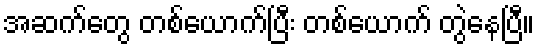
အဆက်တွေ တစ်ယောက်ပြီး တစ်ယောက် တွဲနေပြီ။